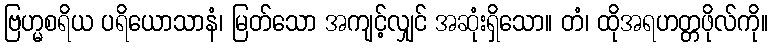
ဗြဟ္မစရိယ ပရိယောသာနံ၊ မြတ်သော အကျင့်လျှင် အဆုံးရှိသော။ တံ၊ ထိုအရဟတ္တဖိုလ်ကို။